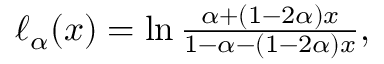
\begin{array} { r } { \ell _ { \alpha } ( x ) = \ln \frac { \alpha + ( 1 - 2 \alpha ) x } { 1 - \alpha - ( 1 - 2 \alpha ) x } , } \end{array}